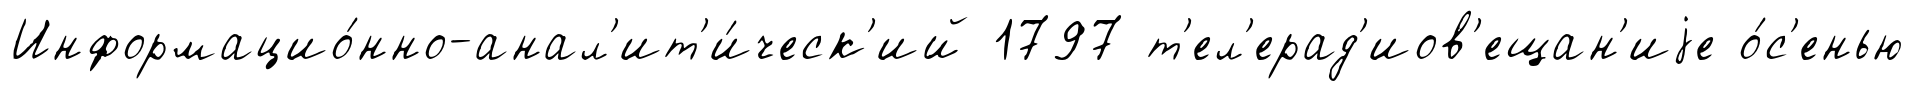
Информацио́нно-анал'ит'и́ческ'ий 1797 т'ел'ерад'иов'ещан'иjе о́с'енью